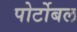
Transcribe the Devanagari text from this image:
पोर्टोबल